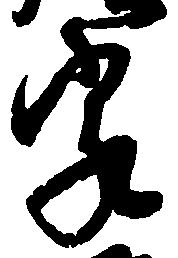
家